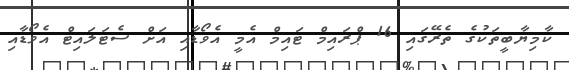
ކާމިޔާބީތަކުގެ ތެރޭގައި 16 ޕްރައިމް ޓައިމް އެމީ އެވޯޑާއި އަށް ސެޓަލައިޓް އެވޯޑާއި